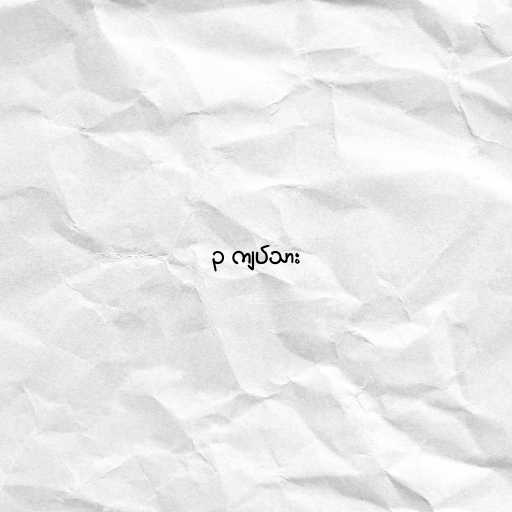
၃ ကျပ်သား